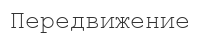
Передвижение